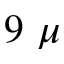
9 \ \mu